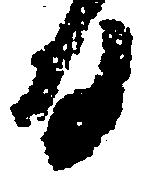
日